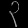
Digit: ၃